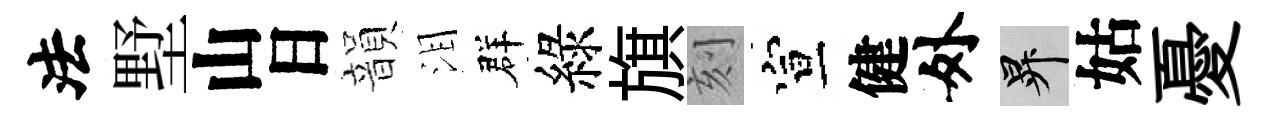
法墅山日韻泪群綠旗刻宣健外升姑憂